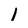
Character: 1